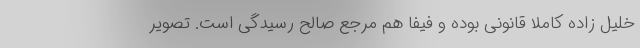
خلیل زاده کاملا قانونی بوده و فیفا هم مرجع صالح رسیدگی است. تصویر